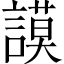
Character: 謨